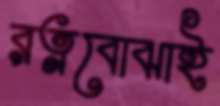
রত্নবোঝাই